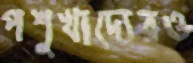
পশুখাদ্যেরও